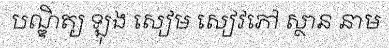
បណ្ឌិត្យ ឡុង សៀម សៀវភៅ ស្ថាន នាម